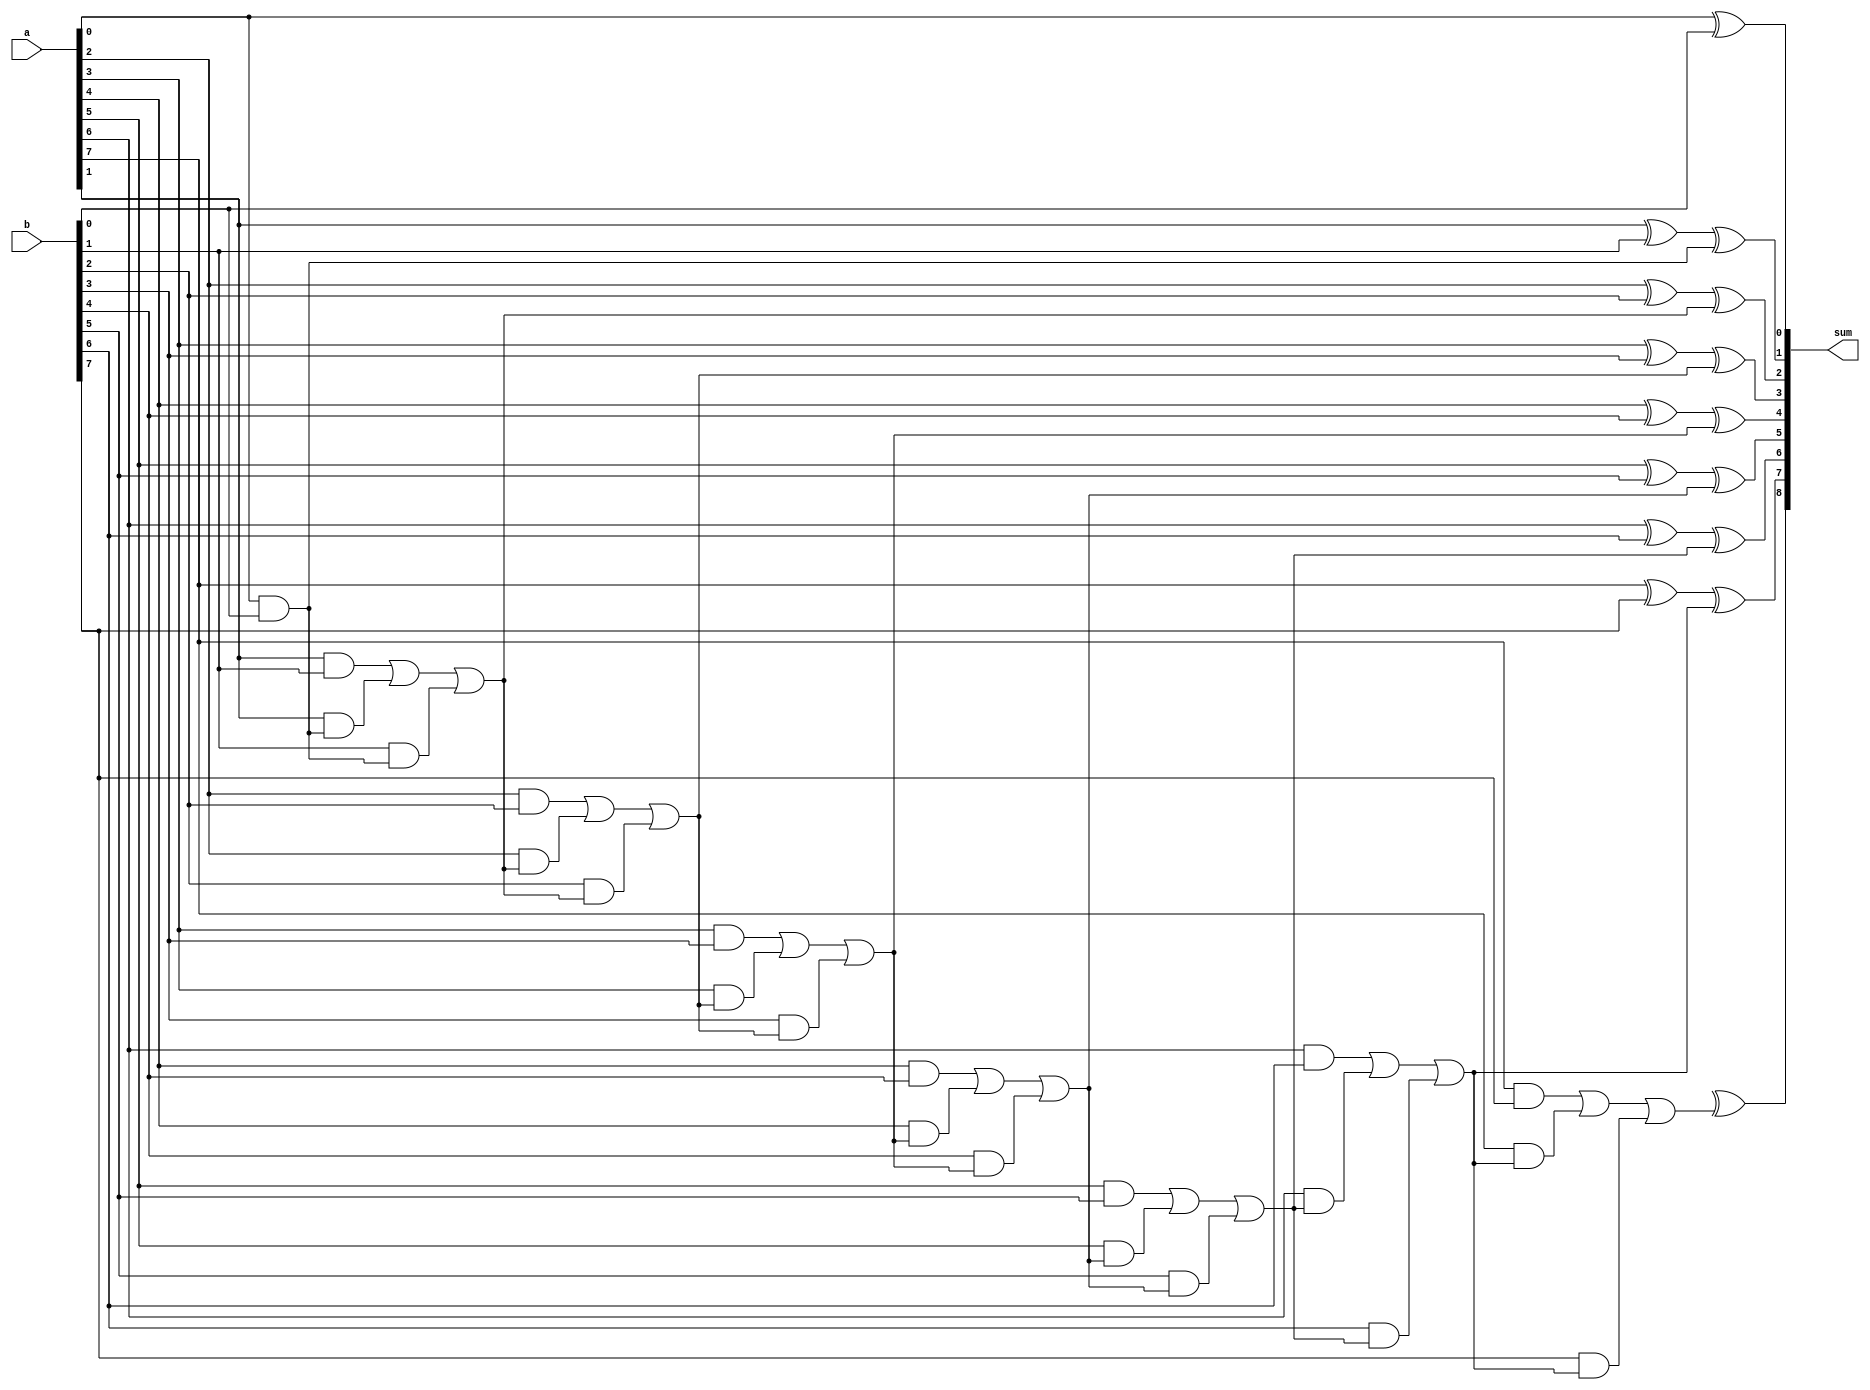
module manchester_carry_chain_adder (
    input wire [7:0] a,
    input wire [7:0] b,
    output reg [8:0] sum
);

reg [8:0] carry; // carry signals for each stage

assign sum[0] = a[0] ^ b[0]; // XOR operation for the first bit of sum
assign carry[1] = a[0] & b[0]; // AND operation for the first carry

// Generate carries and sum bits for each stage
genvar i;

generate
    for (i = 1; i < 8; i = i + 1) begin : carry_chain
        assign sum[i] = a[i] ^ b[i] ^ carry[i];
        assign carry[i+1] = (a[i] & b[i]) | (a[i] & carry[i]) | (b[i] & carry[i]);
    end
endgenerate

assign sum[8] = a[8] ^ b[8] ^ carry[8]; // XOR operation for the last bit of sum

endmodule